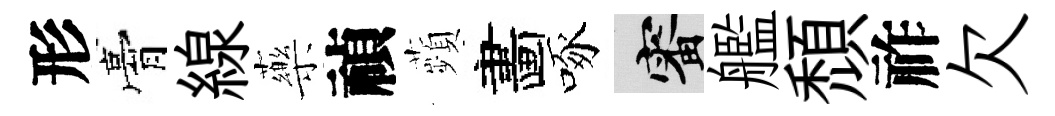
形膏線藥禎蘋畵啄審艦頹祚欠